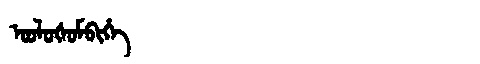
Manchu: ᠣᠣᠯᠣᡧᠣᠮᠪᡳᡥᡝ
Romanization: OOLOŠOMBIHE